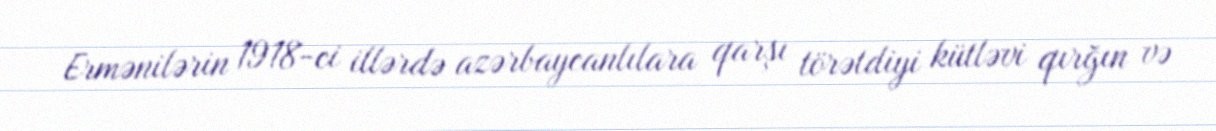
Ermənilərin 1918-ci illərdə azərbaycanlılara qarşı törətdiyi kütləvi qırğın və